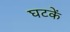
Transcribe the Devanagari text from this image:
घटकें